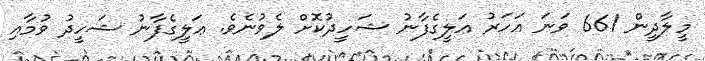
މީލާދީން 661 ވަނަ އަހަރު ޢަލީގެފާނު ޝަހީދުކޮށް ލެވުނެވެ. ޢަލީގެފާނު ޝަހީދު ވުމާއި